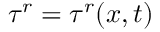
\tau ^ { r } = \tau ^ { r } ( x , t )